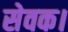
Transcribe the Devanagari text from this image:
सेवक।